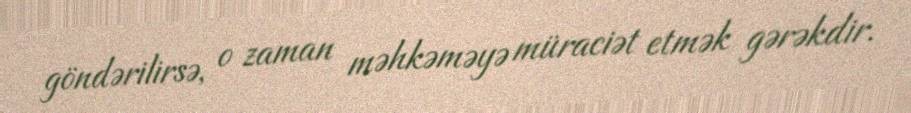
göndərilirsə, o zaman məhkəməyə müraciət etmək gərəkdir.